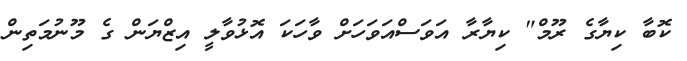
ކޮބާ ކިޔާގެ ރޫމް" ކިޔާރާ އަވަސްއަވަހަށް ވާހަކަ އޮޅުވާލީ އިޒްޔަން ގެ މޫނުމަތިން